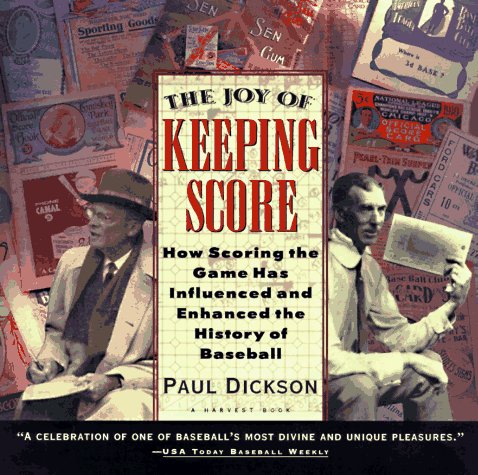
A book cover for The Joy of Keeping Score: How Scoring the Game Has Influenced and Enhanced the History of Baseball; Paul Dickson; Teen & Young Adult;